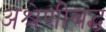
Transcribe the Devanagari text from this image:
अश्रेणीबद्ध